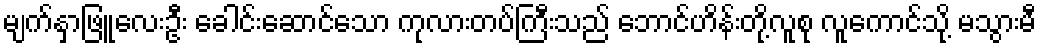
မျက်နှာဖြူလေးဦး ခေါင်းဆောင်သော ကုလားတပ်ကြီးသည် ဘောင်ဟိန်းတို့လူစု လူကောင်သို့ မသွားမီ